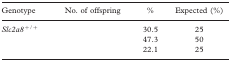
<table><thead><tr><td><b>Genotype</b></td><td><b>No. of offspring</b></td><td><b>%</b></td><td><b>Expected (%)</b></td></tr></thead><tbody><tr><td><i>Slc2a8<sup>+/+</sup></i></td><td>[EMPTY_CELL]</td><td>30.5</td><td>25</td></tr><tr><td>[EMPTY_CELL]</td><td>[EMPTY_CELL]</td><td>47.3</td><td>50</td></tr><tr><td>[EMPTY_CELL]</td><td>[EMPTY_CELL]</td><td>22.1</td><td>25</td></tr></tbody></table>